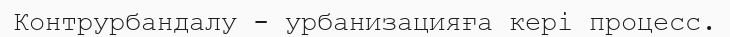
Контрурбандалу - урбанизацияға кері процесс.